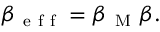
\beta _ { \mathrm { ~ e ~ f ~ f ~ } } = \beta _ { \mathrm { ~ M ~ } } \beta .